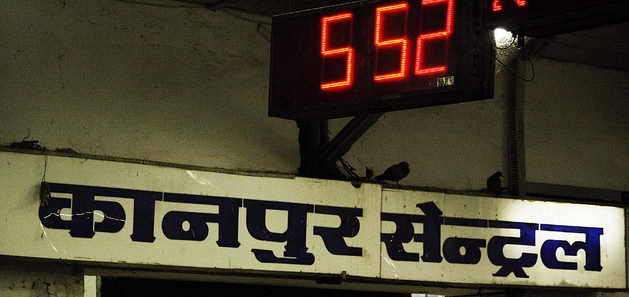
Language: hindi
Transcription: सेन्ट्रल कानपुर